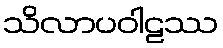
သိလာပဝါဠဿ